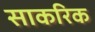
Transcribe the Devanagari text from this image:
साकरिक